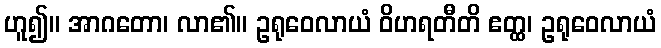
ဟူ၍။ အာဂတော၊ လာ၏။ ဥရုဝေလာယံ ဝိဟရတီတိ ဧတ္ထ၊ ဥရုဝေလာယံ